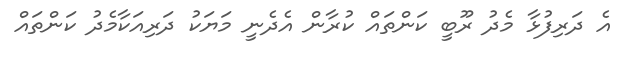
އެ ދަރިފުޅާ މެދު ރޫބީ ކަންތައް ކުރާން އެދެނީ މަޔަކު ދަރިއަކާމެދު ކަންތައް